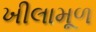
ખીલામૂળ